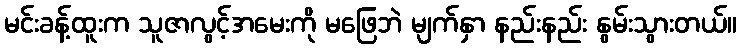
မင်းခန့်ထူးက သူဇာလွင့်အမေးကို မဖြေဘဲ မျက်နှာ နည်းနည်း နွမ်းသွားတယ်။